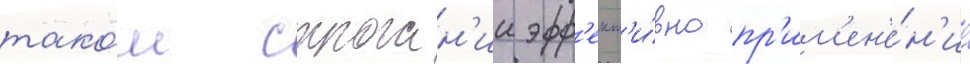
тако́м строган'ии эфф'ект'и́вно пр'им'ен'е́н'ие